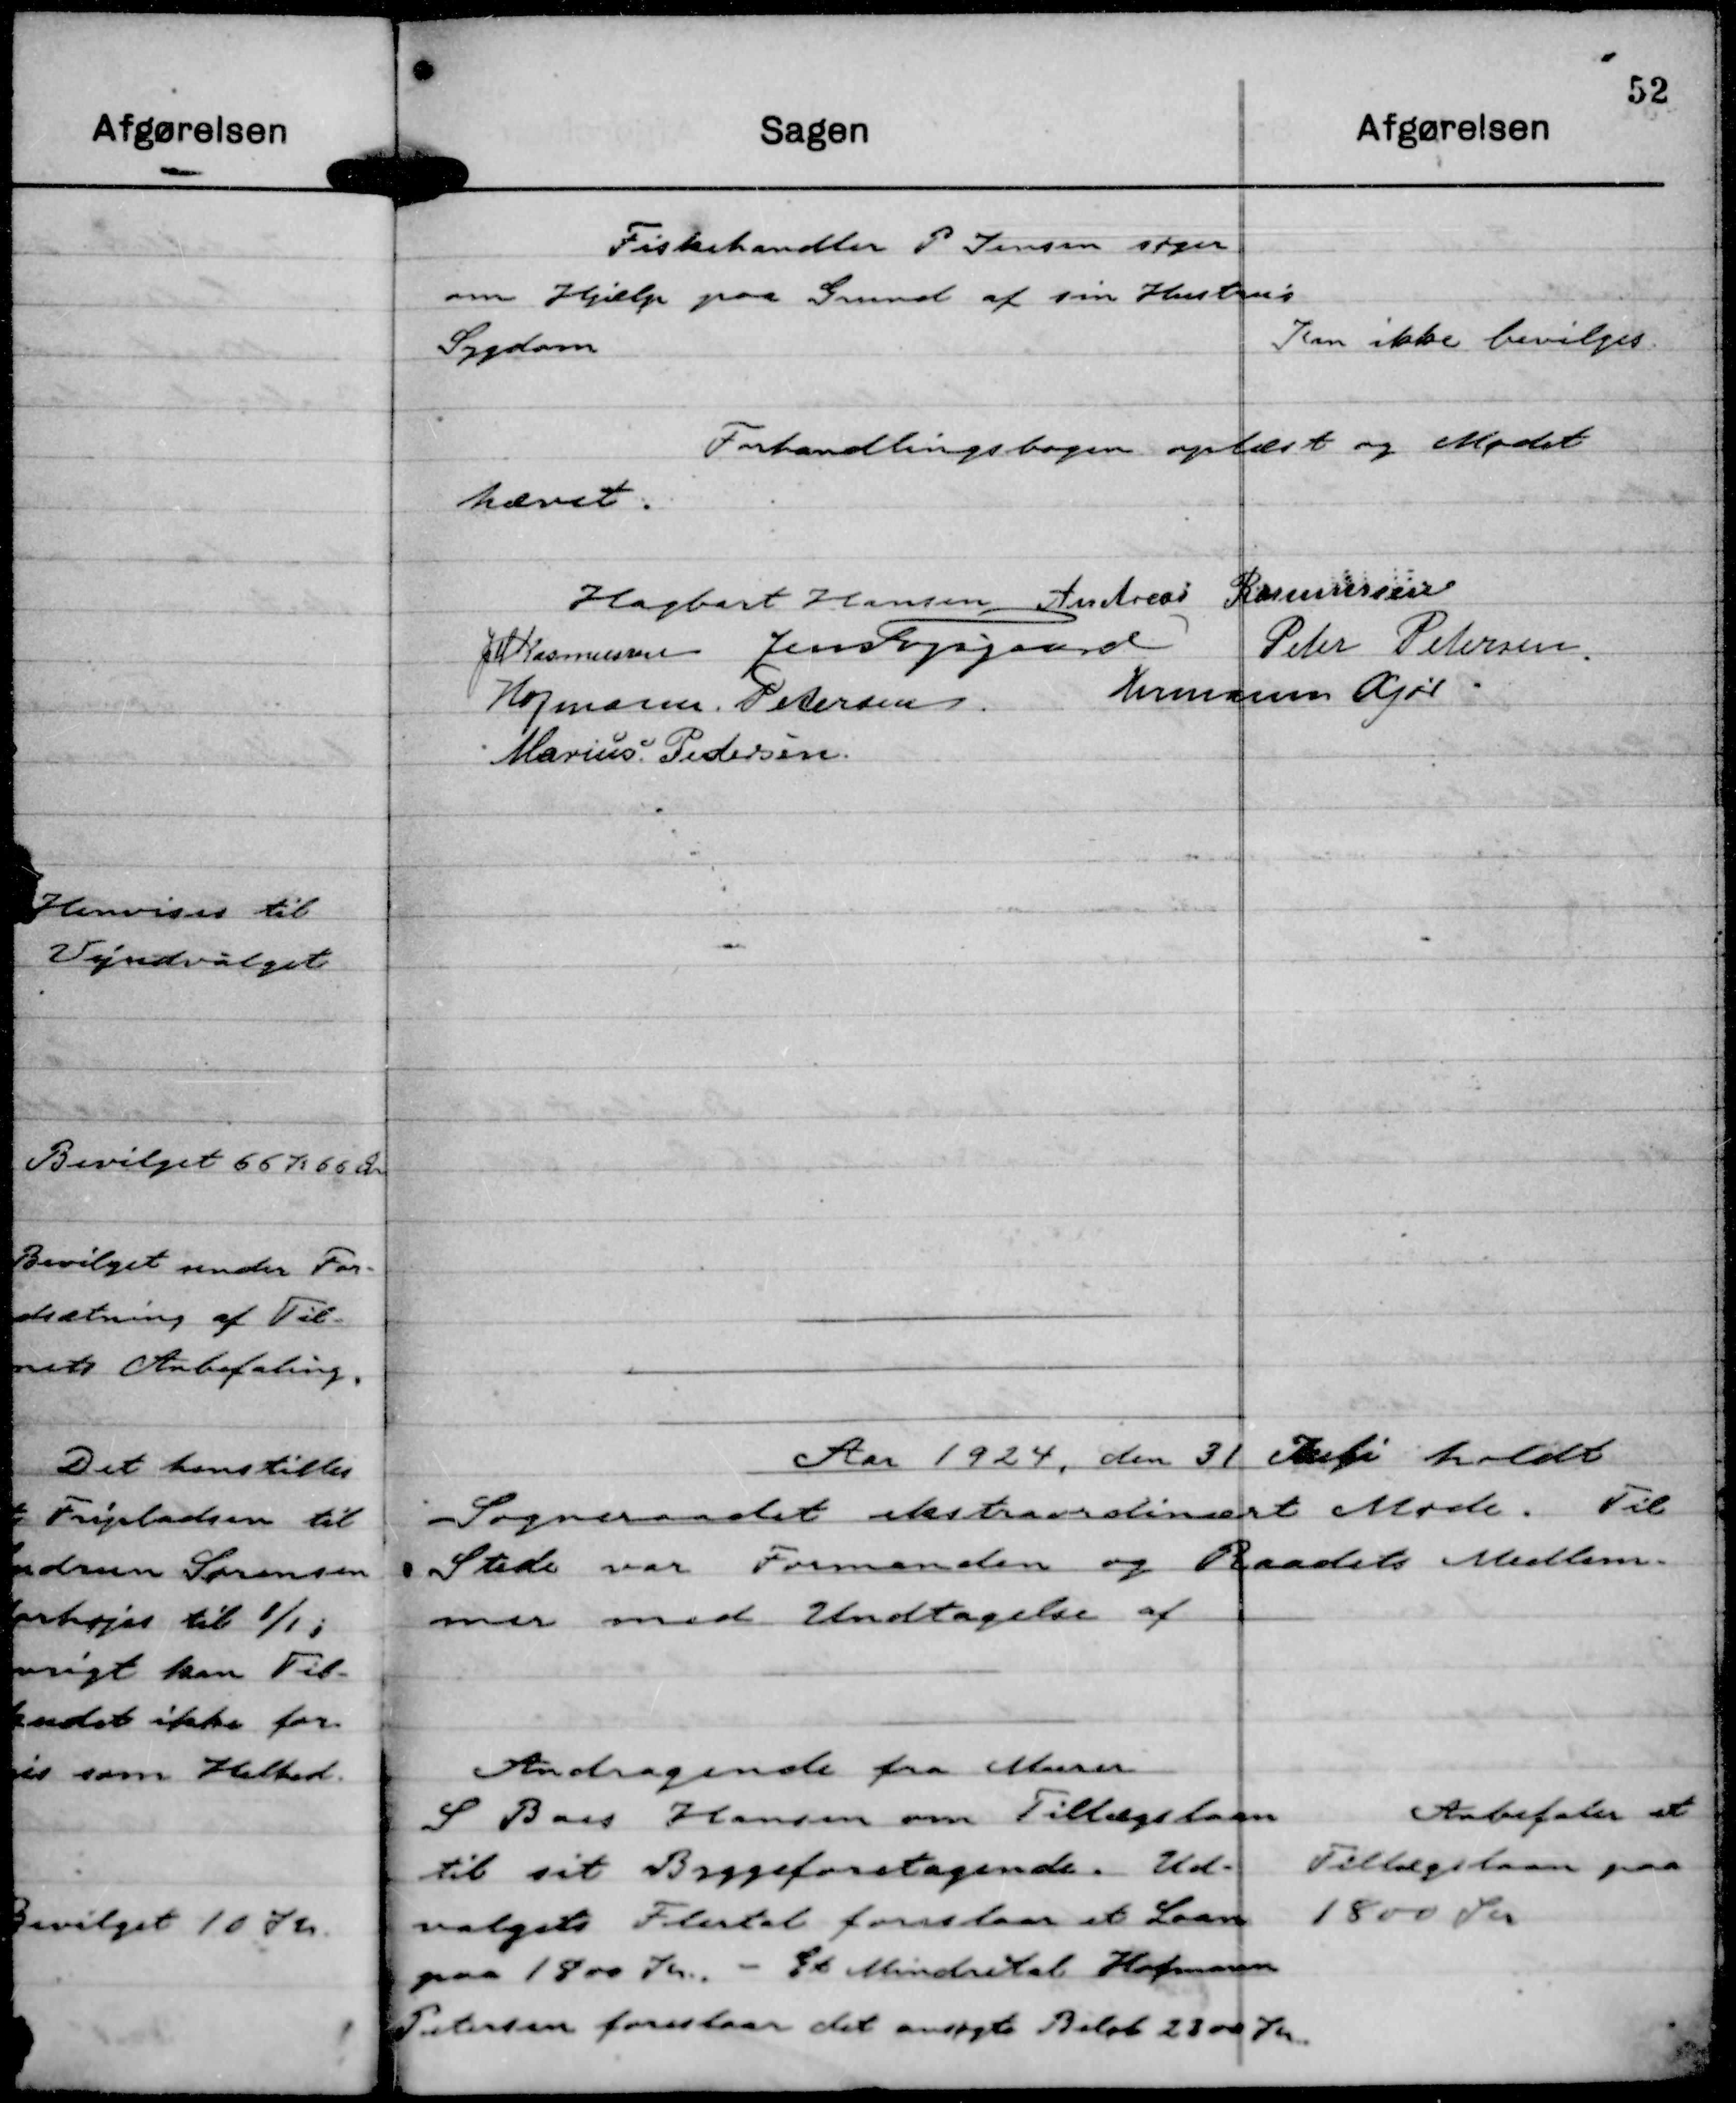
Transskription:
Fiskehandler P Jensen søger
om Hjælp paa Grund af sin Hustru's
Sygdom

Kan ikke bevilges.

Forhandlingsbogen oplæst og Mødet
hævet.
Hagbart Hansen
Andreas Rasmussen
JM Rasmussen
Jens Fogsgaard
Peter Petersen
Hofmann Petersen
Hermann Kjær
Marius Pedersen

Aar 1924, den 31 Juli holdt
Sogneraadet ekstraordinært Møde. Til
Stede var Formanden og Raadets Medlem-
mer med Undtagelse af

Andragende fra Murer
S Baes Hansen om Tillægslaan
til sit Byggeforetagende. Ud-
valgets Flertal foreslaar et Laan
paa 1800 Kr. - Et Mindretal Hofmann
Petersen foreslaar det ansøgte Beløb 2200 Kr.

Anbefales et
Tillægslaan paa
1800 Kr.